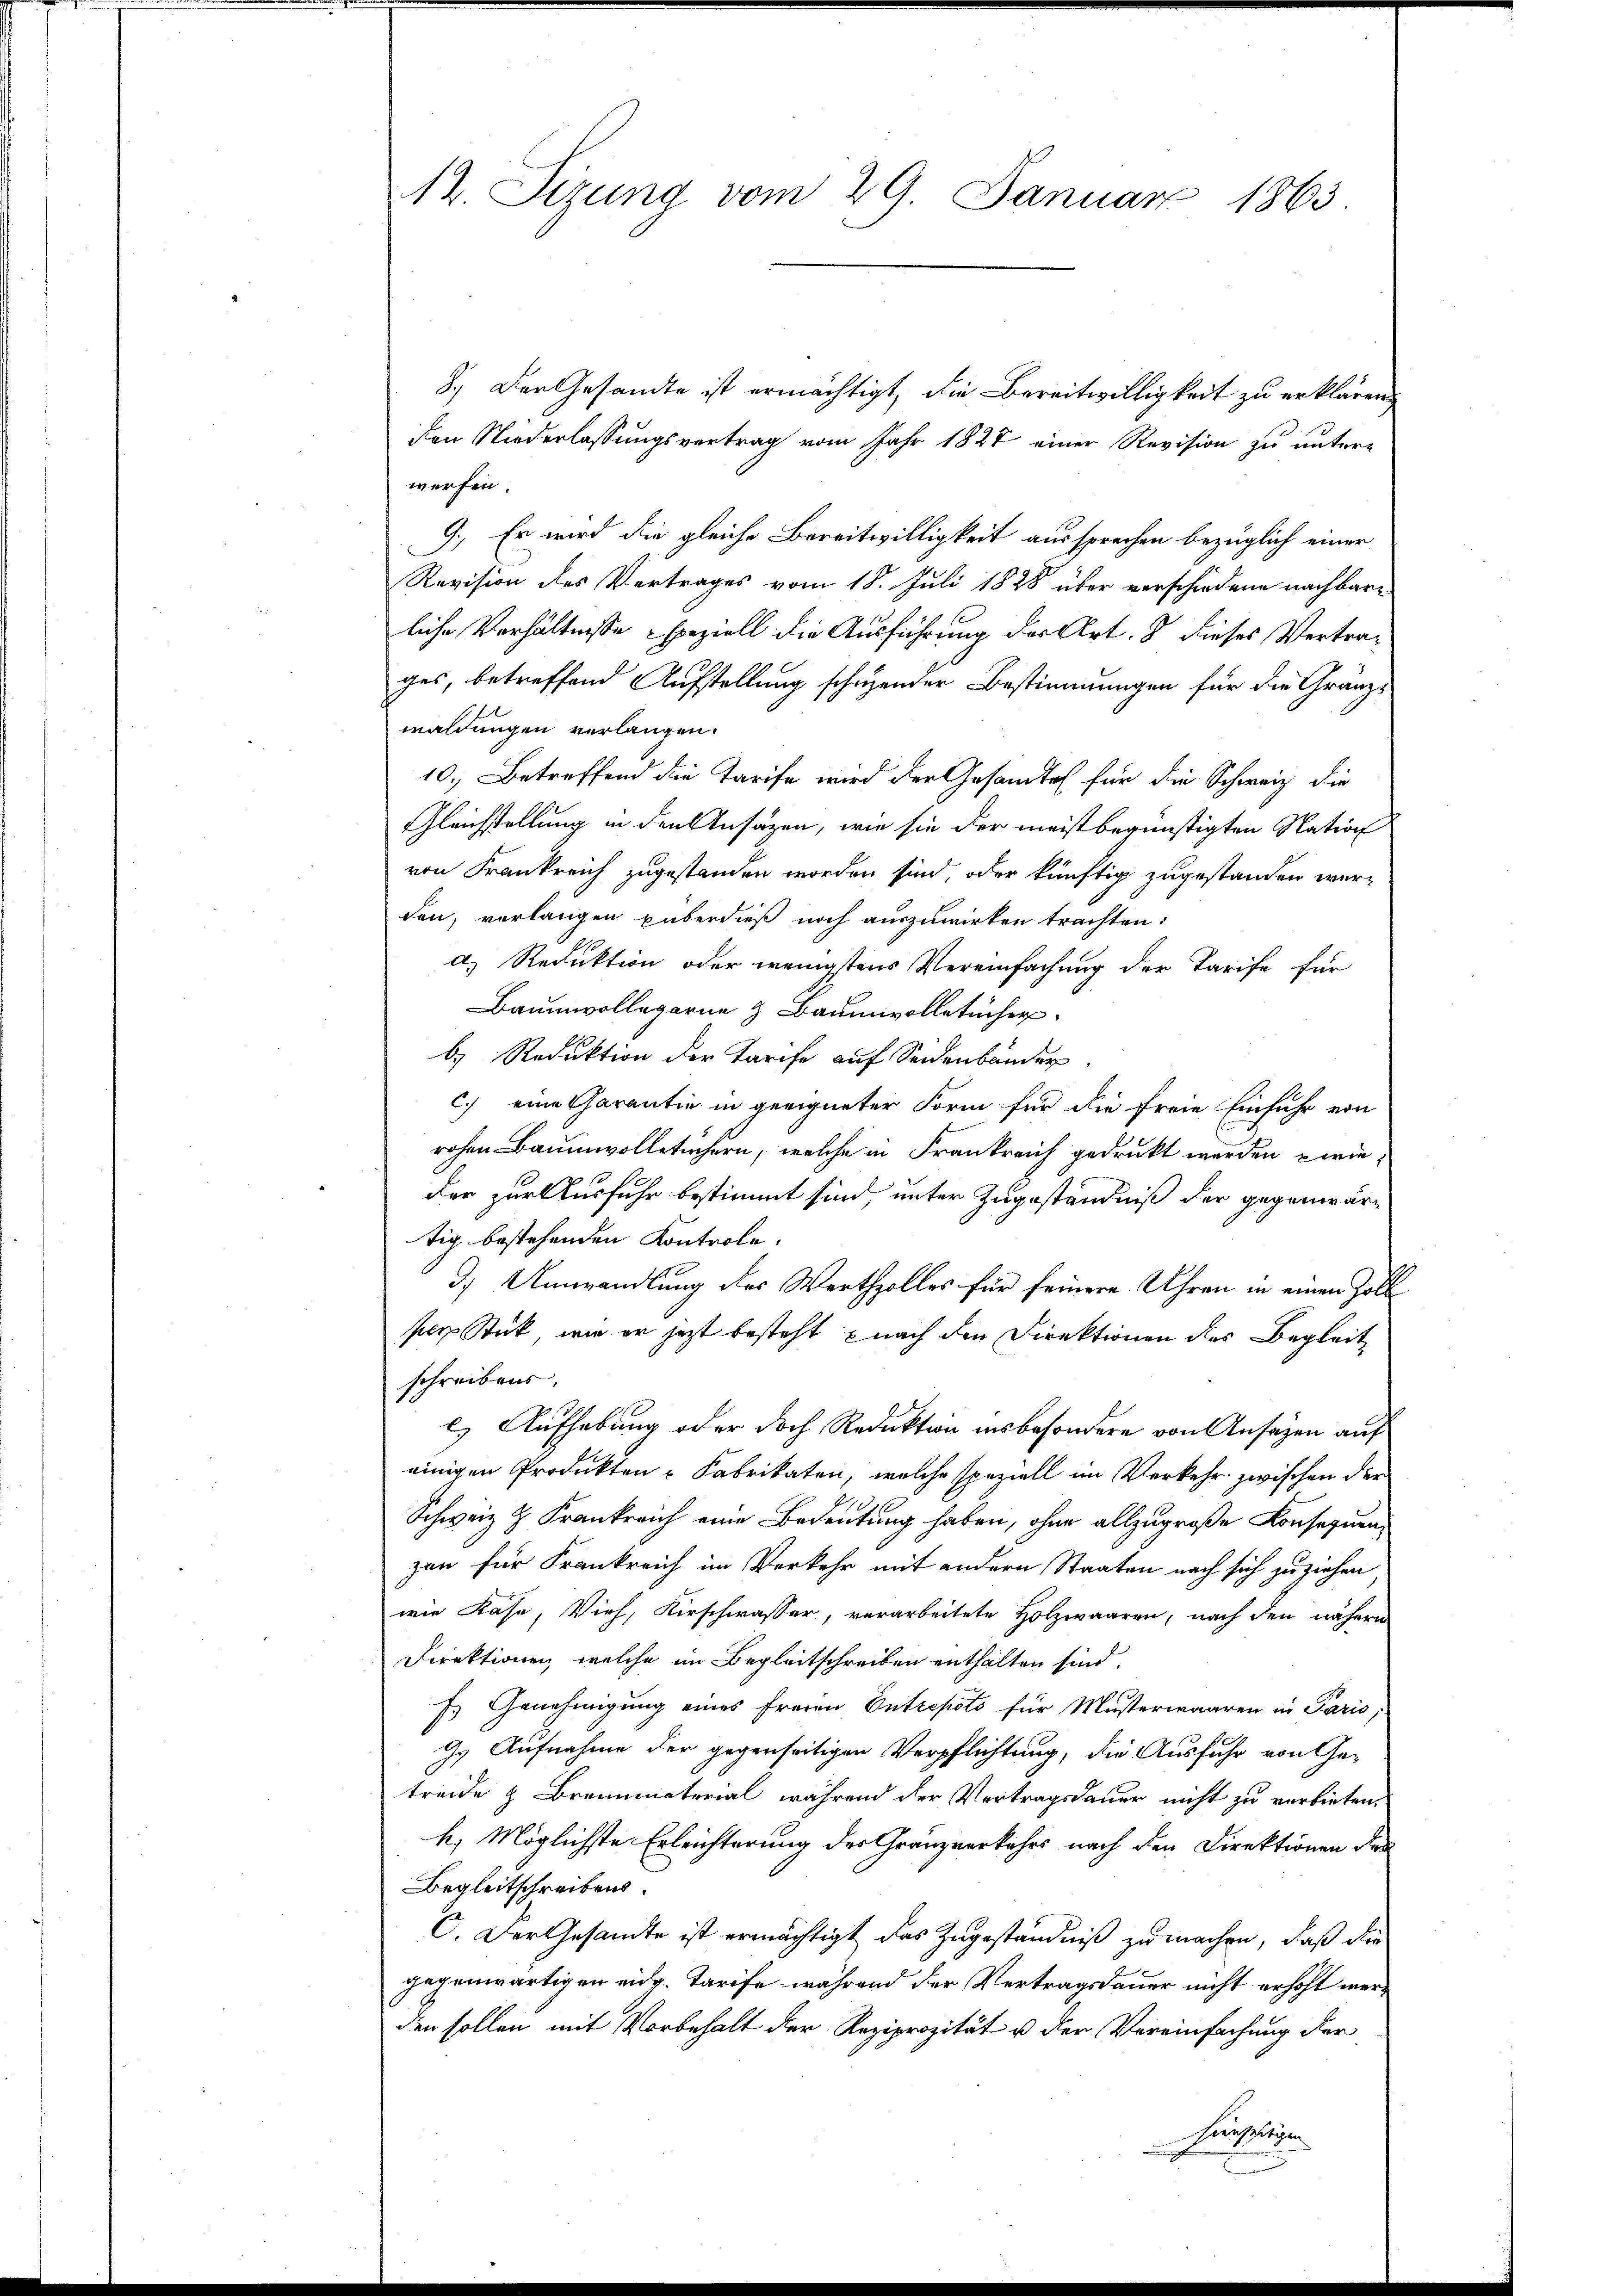
12. Sizung vom 29. Januar 1863

8.) Der Gesandte ist ermächtigt, die Bereitwilligkeit zu erklären,
Den Niederlassungsvertrag vom Jahr 1827 einer Revision zu unterwerfen.
9. Er wird die gleiche Bereitwilligkeit aussprechen bezüglich einer
Revision des Vertrages vom 18. Juli 1828 über verschiedene nachbare
liche Verhältnisse speziell die Ausführung der Art. 8 dieses Vertrages, betreffend Aufstellung schuzender Bestimmungen für die Gränzwaldungen verlangen.
10. Betreffend die Tarife wird der Gesandtes für die Schweiz die
Gleichstellung in den Ansäzen, wie sie der meist begünstigten Nation
von Frankreich zugestanden worden sind, oder künftig zugestanden werden, verlangen überdieß noch auszuwirken trachten:
d) Reduktion oder wenigstens Vereinfachung der Tarife für
Baumwollegarne & Baumwolletücher
b) Reduktion der Tarife auf Seidenbänder
c.) eine Garantin in geeigneter Form für die freie Einfuhr von
rohen Baumwolletichern, welche in Frankreich gedruckt werden zwieder zur Ausfuhr bestimmt sind, unter Zugeständniß der gegenwärtig bestehenden Kontrole.
3) Umwandlung des Werthzolles für seinere Uhren in einen Zoll
per Stück, wie er jetzt besteht nach den Direktionen des Begleit
schreibens.
l.) Aufhebung oder doch Reduktion insbesondere von Ansagen auf
einigen Produkten-Fabrikaten, welche speziell im Verkehr zwischen der
Schweiz & Frankreich eine Bedeutung haben, ohne allzugroße Konsequenzen für Frankreich im Verkehr mit andern Staaten nach sich zu ziehen
wie Käse, Vieh, Kirschwasser, verarbeitete Holzwaaren, nach den nähere
Direktionen, welche im Begleitschreiben enthalten sind.
1
E. Genehmigung eines Freien Entrepots für Musterwaaren in Paris;
z. Aufnahme der gegenseitigen Verpflichtung, die Ausfuhr von Getreide & Brennmaterial, während der Vertragsdauer nicht zu verbieten,
h. Möglichste Erleichterung der Gränzverkehrs nach den Direktionen de
Begleitschreibens.
C. Der Gesandte ist ermächtigt das Zugeständniß zu machen, daß die
gegenwärtigen eidg. Tarife während der Vertragsdauer nicht erhöht werden sollen mit Vorbehalt der Reziprozität u der Vereinfachung der
hierseitigen